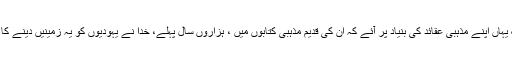
بہت سے لوگ یہاں اپنے مذہبی عقائد کی بنیاد پر آئے کہ ان کی قدیم مذہبی کتابوں میں ، ہزاروں سال پہلے، خدا نے یہودیوں کو یہ زمینیں دینے کا وعدہ کیا ہے ۔